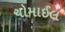
ચોમાઈલ